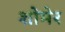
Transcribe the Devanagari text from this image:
शोमेर